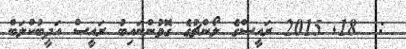
:  18